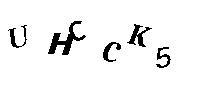
UHCCK5